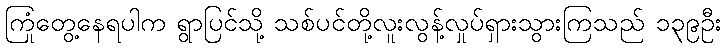
ကြုံတွေ့နေရပါက ရွာပြင်သို့ သစ်ပင်တို့လူးလွန့်လှုပ်ရှားသွားကြသည် ၁၃၉ဦး